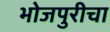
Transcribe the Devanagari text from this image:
भोजपुरीचा